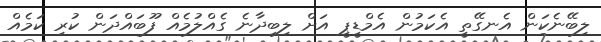
ލިބޭނެކަން އެނގޭތީ އެކަމުން އެމްޑީޕީ އަށް ލިބިދާނެ ގެއްލުމެއް ފޫބައްދަން ކުރި ކަމެއް